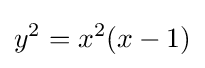
y^{2}=x^{2}(x-1)